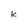
Character: k